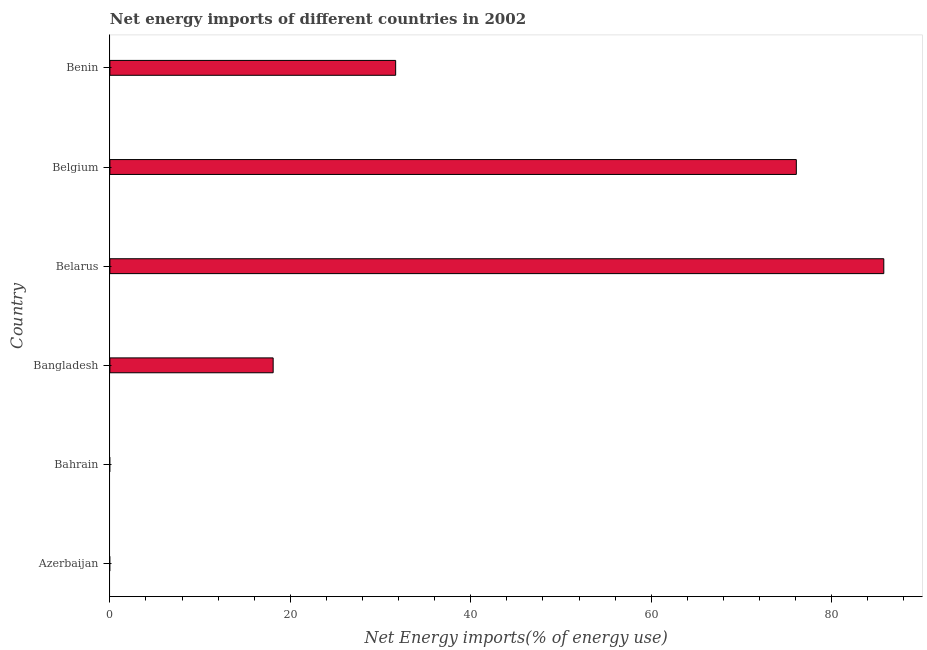
| Country | Energy imports |
 | --- | --- |
 | Azerbaijan | -71 |
 | Bahrain | -102 |
 | Bangladesh | 18.1 |
 | Belarus | 85.8 |
 | Belgium | 76.1 |
 | Benin | 31.7 |